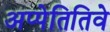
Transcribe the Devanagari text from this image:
अप्पेतितिवे